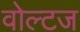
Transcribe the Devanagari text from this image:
वोल्टज